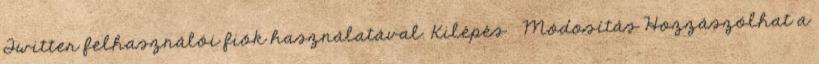
Twitter felhasználói fiók használatával. Kilépés Módosítás Hozzászólhat a